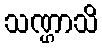
သဏ္ဌာသိ